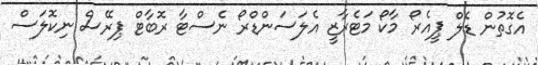
އެގޮތުން ޑެލް ޕީއެރޯ މާކޯ މަޓެރާޒީ އެލަސަންޑްރޯ ނެސްޓާ ރޮބާޓް ޕިރޭސް ނިކޮލަސް